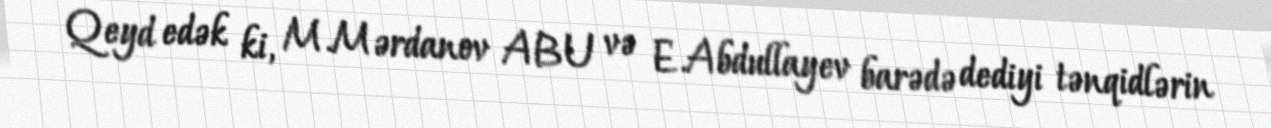
Qeyd edək ki, M.Mərdanov ABU və E.Abdullayev barədə dediyi tənqidlərin